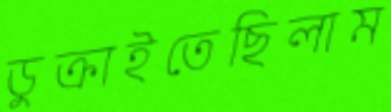
ডুক্‌রাইতেছিলাম